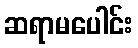
ဆရာမပေါင်း